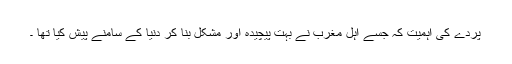
پردے کی اہمیت کہ جسے اہل مغرب نے بہت پیچیدہ اور مشکل بنا کر دنیا کے سامنے پیش کیا تھا ۔